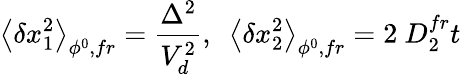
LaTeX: \left\langle\delta x_{1}^{2}\right\rangle_{\phi^{0},fr}=\frac{\Delta^{2}}{V_{d}^{2}},\ \ \left\langle\delta x_{2}^{2}\right\rangle_{\phi^{0},fr}=2\ D_{2}^{fr}t